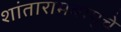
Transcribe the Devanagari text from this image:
शांतारामबापूंचे